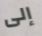
إلى